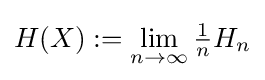
H(X):=\lim _{n\to \infty }{\tfrac {1}{n}}H_{n}